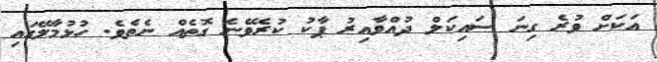
އަކަށް ވުރެ ގިނަ ސައިކަލް ދުއްވާއިރު ޕާކު ކުރެވޭނެ ގޮތެއް ނެތެވެ. ހުޅުމާލޭގައި